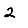
Digit: 2